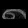
Digit: ၈